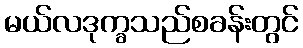
မယ်လဒုက္ခသည်စခန်းတွင်